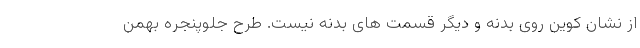
از نشان کوین روی بدنه و دیگر قسمت های بدنه نیست. طرح جلوپنجره بهمن